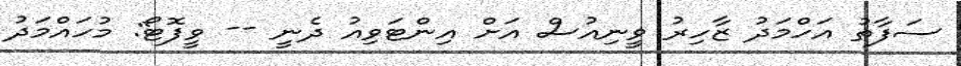
ސަފާތު އަހްމަދު ޒާހިރު ވީނިއުސް އަށް އިންޓަވިއު ދެނީ -- ވީފޮޓޯ: މުހައްމަދު